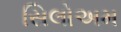
સિલોઅમ